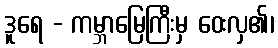
ဒူရေ - ကမ္ဘာမြေကြီးမှ ဝေးလှ၏၊